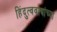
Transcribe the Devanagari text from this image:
हिंदुत्ववाद्यांच्या